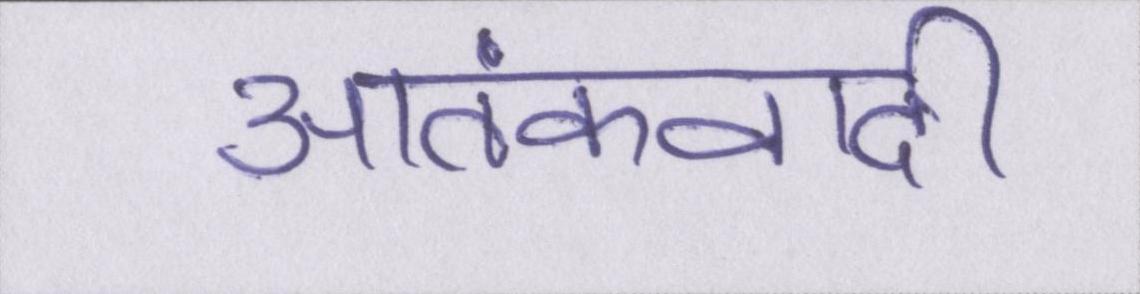
आतंकवादी